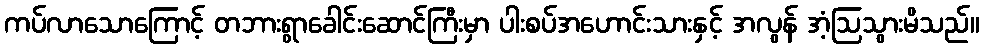
ကပ်လာသောကြောင့် တဘားရွာခေါင်းဆောင်ကြီးမှာ ပါးစပ်အဟောင်းသားနှင့် အလွန် အံ့ဩသွားမိသည်။